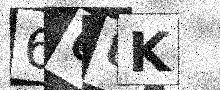
Text: 66UK